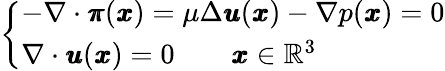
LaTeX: \left\{ \begin{array}{ll}{-\nabla\cdot{\pmb\pi}({\pmb x})=\mu\Delta{\pmb u}({\pmb x})-\nabla p({\pmb x})=0}\\ {\nabla\cdot{\pmb u}({\pmb x})=0\qquad{\pmb x}\in\mathbb{R}^{3}}\end{array}\right.